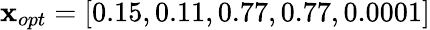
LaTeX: \mathbf{x}_{opt}=[0.15,0.11,0.77,0.77,0.0001]